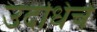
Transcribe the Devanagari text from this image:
उदधिचे